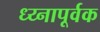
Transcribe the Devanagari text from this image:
ध्य्नापूर्वक